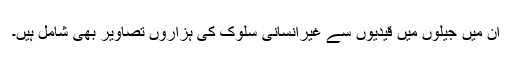
ان میں جیلوں میں قیدیوں سے غیرانسانی سلوک کی ہزاروں تصاویر بھی شامل ہیں۔